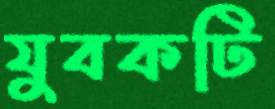
যুবকটি